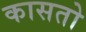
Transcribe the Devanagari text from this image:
कासतो